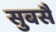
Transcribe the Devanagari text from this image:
सुबसै